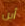
أين